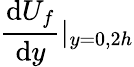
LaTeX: \frac{\mathrm{d}U_{f}}{\mathrm{d}y}|_{y=0,2h}